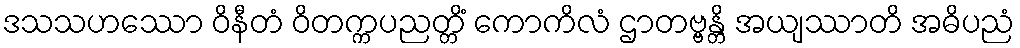
ဒသသဟဿော ဝိနီတံ ဝိတက္ကပညတ္တိံ ကောကိလံ ဌာတဗ္ဗန္တိ အယျဿာတိ အဓိပညံ